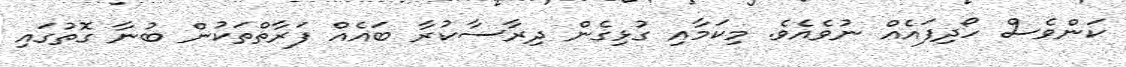
ކަންވެސް ހޯދިފައެއް ނުވެއެވެ. މިކަމާއި ގުޅިގެން ދިރާސާކުރާ ބައެއް ފަރާތްތަކުން ބުނާ ގޮތުގައި